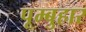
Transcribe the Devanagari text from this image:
पूम्बुहार